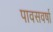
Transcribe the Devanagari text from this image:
पावसवर्षा